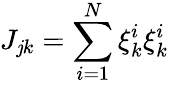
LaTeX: J_{\mathit{j}k}=\sum_{i=1}^{N}\xi_{k}^{i}\xi_{k}^{i}